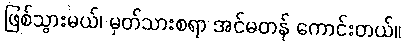
ဖြစ်သွားမယ်၊ မှတ်သားစရာ အင်မတန် ကောင်းတယ်။